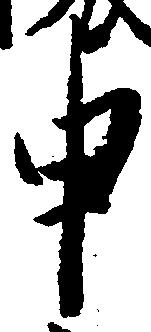
申